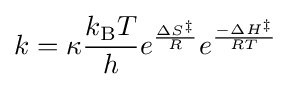
k=\kappa {\frac {k_{\text{B}}T}{h}}e^{\frac {\Delta S^{\ddagger }}{R}}e^{\frac {-\Delta H^{\ddagger }}{RT}}